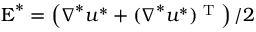
\boldsymbol { \mathrm { E } } ^ { * } = \left( \boldsymbol { \nabla } ^ { * } \boldsymbol { u } ^ { * } + ( \boldsymbol { \nabla } ^ { * } \boldsymbol { u } ^ { * } ) ^ { \textrm { T } } \right) / 2